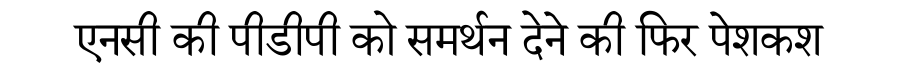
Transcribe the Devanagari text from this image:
एनसी की पीडीपी को समर्थन देने की फिर पेशकश